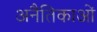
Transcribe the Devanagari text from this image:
अनैतिकाओं